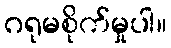
ဂရုမစိုက်မှုပါ။